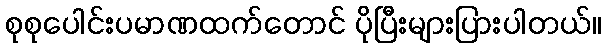
စုစုပေါင်းပမာဏထက်တောင် ပိုပြီးများပြားပါတယ်။